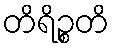
တိရိဉ္စတိ